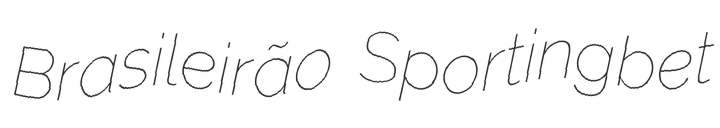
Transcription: Brasileirão Sportingbet